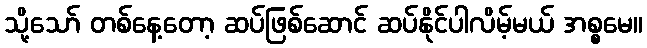
သို့သော် တစ်နေ့တော့ ဆပ်ဖြစ်ဆောင် ဆပ်နိုင်ပါလိမ့်မယ် အစ္စမေ။